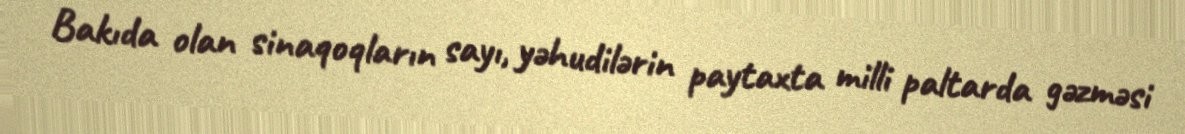
Bakıda olan sinaqoqların sayı, yəhudilərin paytaxta milli paltarda gəzməsi